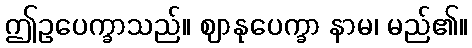
ဤဥပေက္ခာသည်။ ဈာနုပေက္ခာ နာမ၊ မည်၏။